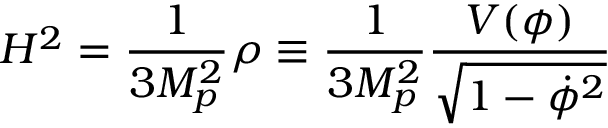
H ^ { 2 } = { \frac { 1 } { 3 M _ { p } ^ { 2 } } } \rho \equiv { \frac { 1 } { 3 M _ { p } ^ { 2 } } } { \frac { V ( \phi ) } { \sqrt { 1 - \dot { \phi } ^ { 2 } } } }